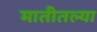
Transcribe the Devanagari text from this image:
मातीतल्या